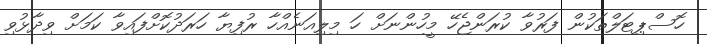
ހޮސްޕިޓަލްތަކުން ފަރުވާ ކުރަންޖެހޭ މީހުންނަށް ހަ މިލިއަނެއްހާ ރުފިޔާ ހަރަދުކޮށްފައިވާ ކަމަށް ވިދާޅުވި